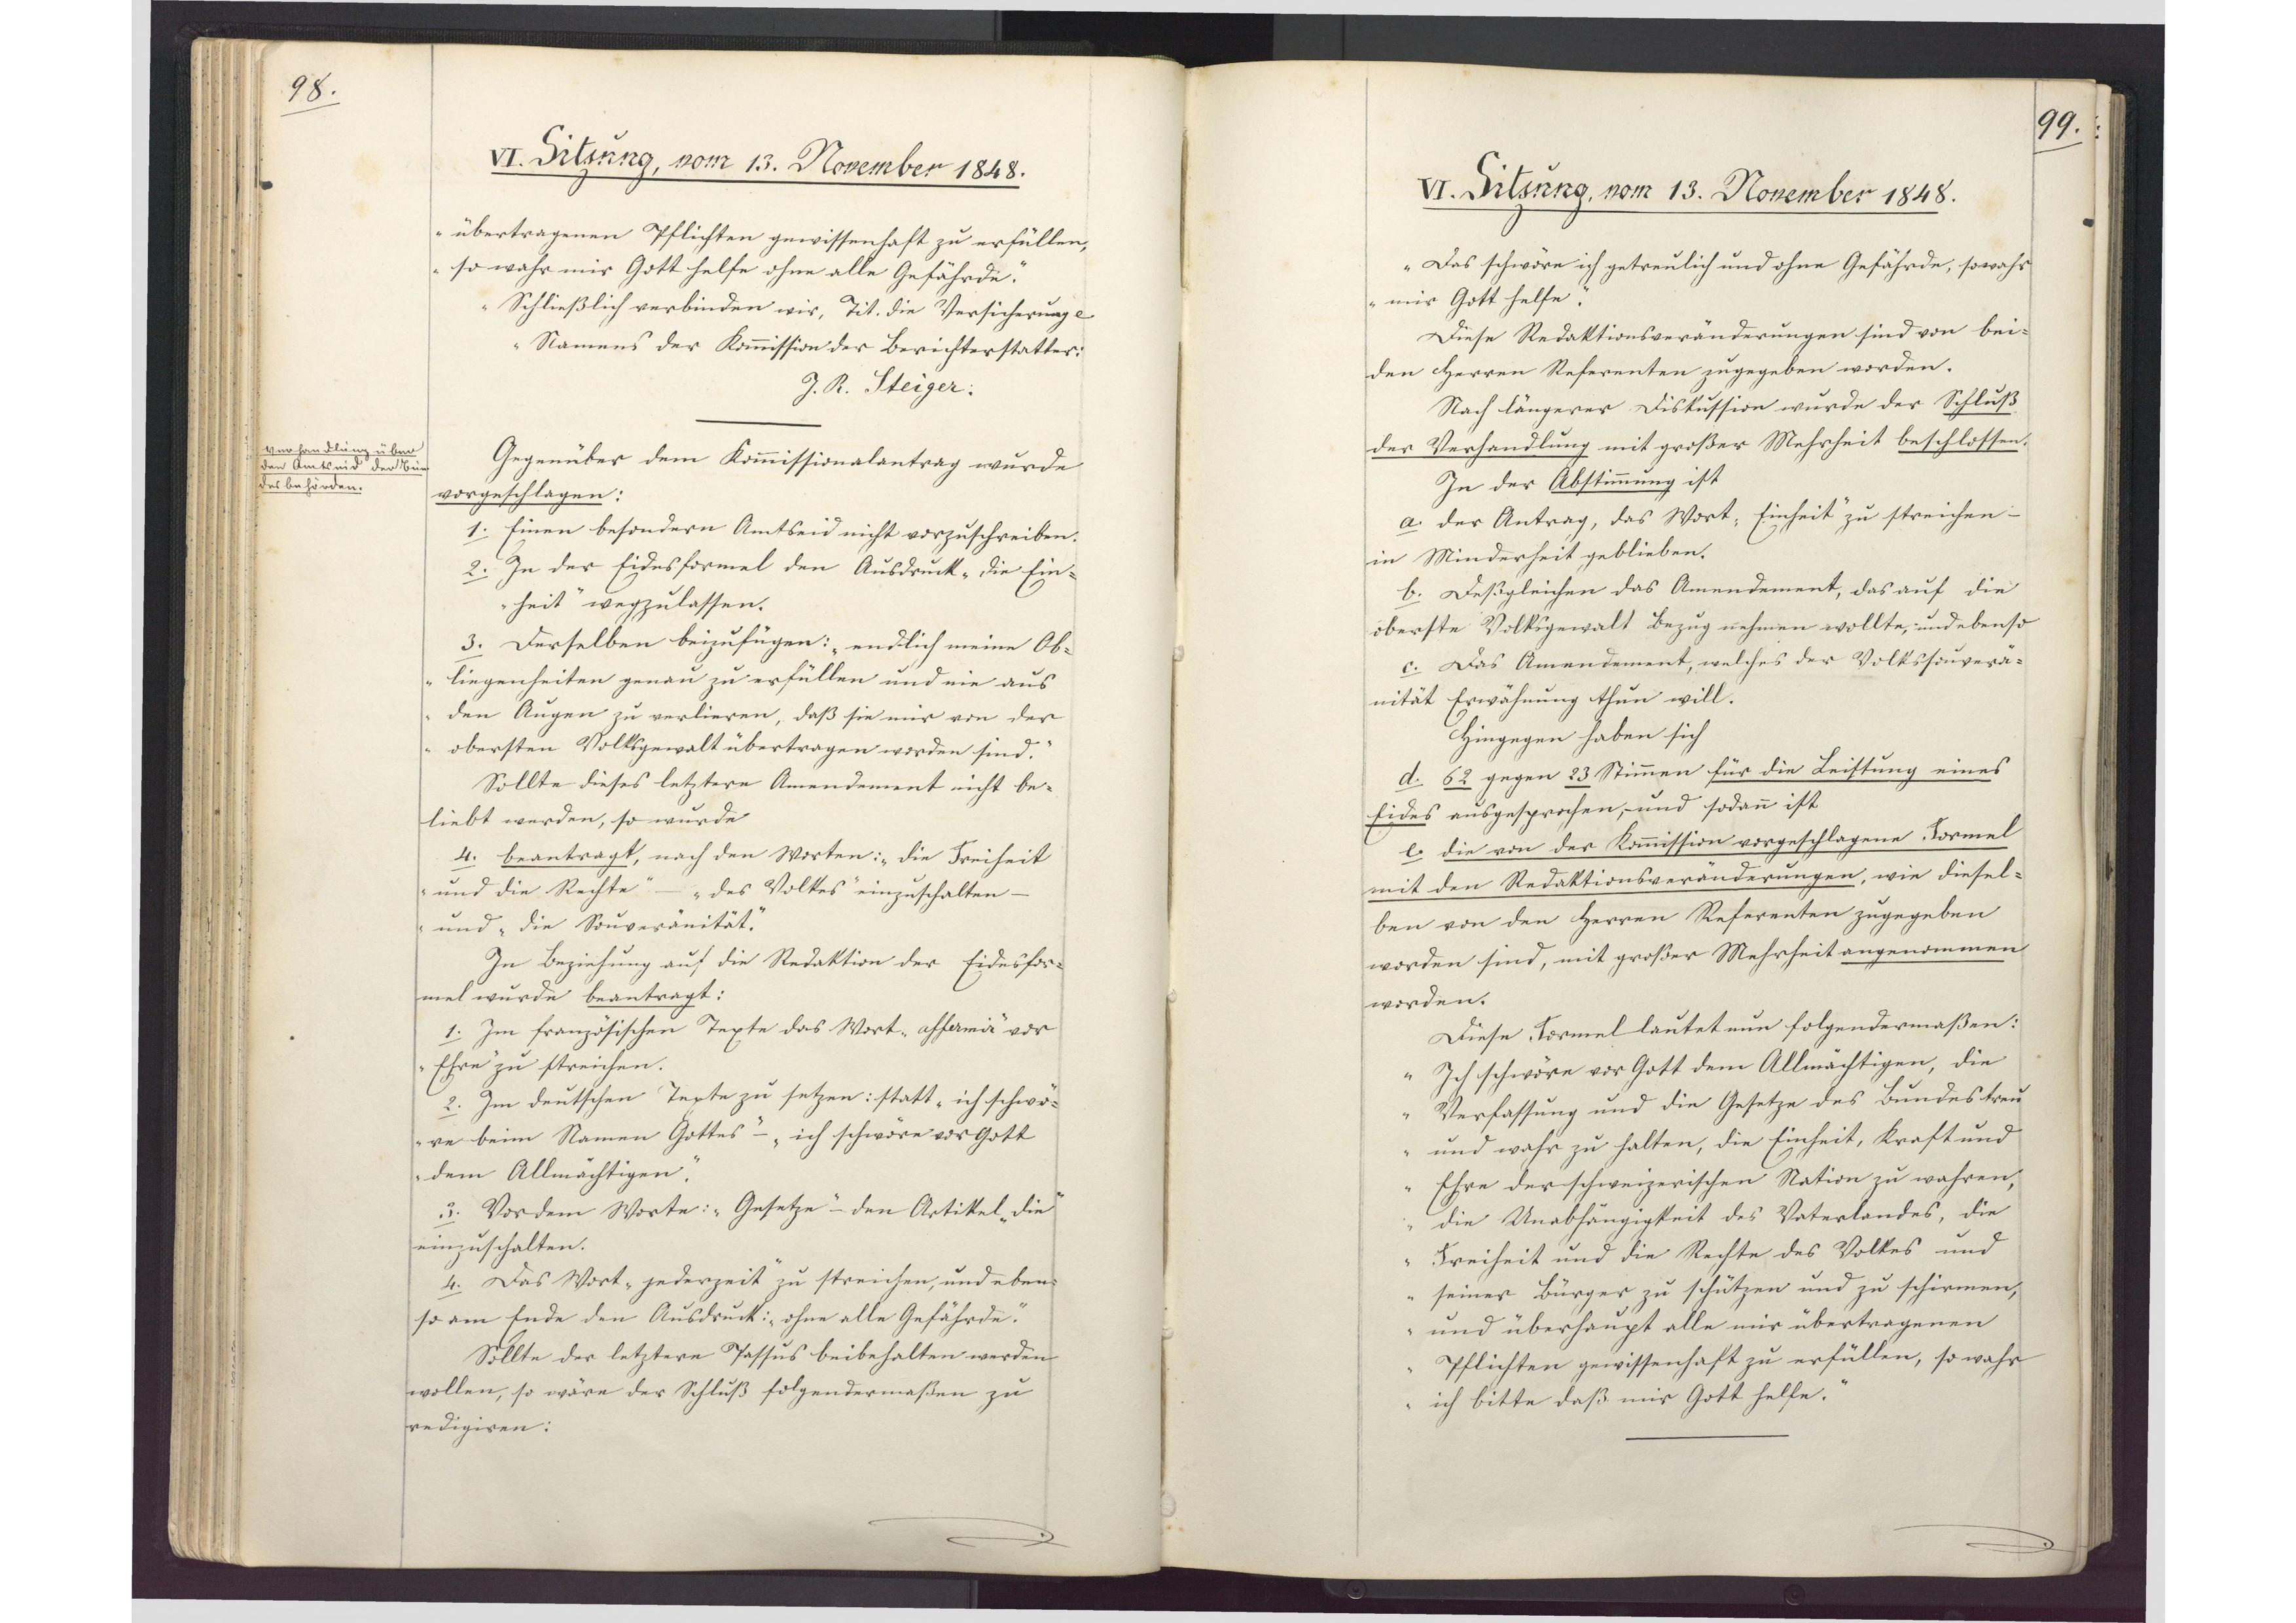
98.

VI. Sitzung, vom 13. November 1848.

übertragenen Pflichten gewissenhaft zu erfüllen,
so wahr mir Gott helfe ohne alle Gefährde."
Schließlich verbinden wir, Tit. die Versicherung etc
Namens der Kommission der Berichterstatter:
J. R. Steiger
Gegenüber dem Kommissionalantrag wurde
vorgeschlagen:
1. Einen besondern Amtseid nicht vorzuschreiben.
2. In der Eidesformel den Ausdruck "die Ein¬
heit" wegzulassen.
3. Derselben beizufügen: "endlich meine Ob¬
liegenheiten genau zu erfüllen und nie aus
den Augen zu verlieren, daß sie nur von der
obersten Volksgewalt übertragen worden sind."
Sollte dieses letztere Amendement nicht be¬
liebt werden, so wurde
4. beantragt, nach den Worten: "die Freiheit
und die Rechte" - "des Volkes" einzuschalten -
und "die Souveränität".
In Beziehung auf die Redaktion der Eidesfor¬
mel wurde beantragt:
1. Im französischen Texte das Wort "affermir" vor
"Ehre" zu streichen.
2. Im deutschen Texte zu setzen: statt "ich schwö¬
re beim Namen Gottes" - "ich schwöre vor Gott
dem Allmächtigen".
3. Vor dem Worte: "Gesetze" den Artikel "die"
einzuschalten.
4. Das Wort "jederzeit" zu streichen, und eben¬
so am Ende den Ausdruck: "ohne alle Gefährde".
Sollte der letztere Passus beibehalten werden
wollen, so wäre der Schluß folgendermaßen zu
redigiren:

Verhandlung über
den Amtseid der Bun¬
desbehörden.

99.

VI. Sitzung, vom 13. November 1848.
"Das schwöre ich getreulich und ohne Gefährde, sowahr
mir Gott helfe."
Diese Redaktionsveränderungen sind von bei¬

den Herren Referenten zugegeben worden.
Nach längerer Diskussion wurde der Schluß
der Verhandlung mit großer Mehrheit beschlossen.
In der Abstimmung ist
a. der Antrag, das Wort "Einheit" zu streichen,
in Minderheit geblieben.
b. Deßgleichen das Amendement, das auf die
oberste Volksgewalt Bezug nehmen wollte, und ebenso
c. Das Amendement, welches der Volkssouverä¬
nität Erwähnung thun will.
Hingegen haben sich
d. 62 gegen 23 Stimmen für die Leistung eines
Eides ausgesprochen, und sodann ist
e. die von der Kommission vorgeschlagene Formel
mit den Redaktionsveränderungen, wie diesel¬
ben von den Herren Referenten zugegeben
worden sind, mit großer Mehrheit angenommen
worden.
Diese Formel lautet nun folgendermaßen:
"Ich schwöre vor Gott dem Allmächtigen, die
Verfassung und die Gesetze des Bundes treu
und wahr zu halten, die Einheit, Kraft und
Ehre der schweizerischen Nation zu wahren,
die Unabhängigkeit des Vaterlandes, die
Freiheit und die Rechte des Volkes und
seiner Bürger zu schützen und zu schirmen,
und überhaupt alle mir übertragenen
Pflichten gewissenhaft zu erfüllen, so wahr
ich bitte daß mir Gott helfe."